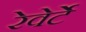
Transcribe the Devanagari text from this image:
रेवेर्टे